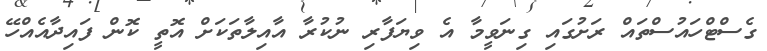
ގެސްޓްހައުސްތައް ރަށުގައި ގިނަވީމާ އެ ވިޔަފާރި ނުކުރާ އާއިލާތަކަށް އޮތީ ކޮން ފައިދާއެއްހޭ